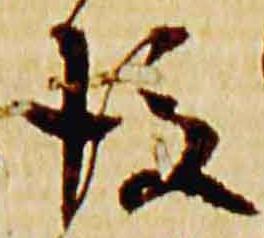
後